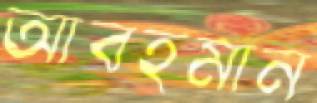
আবহমান